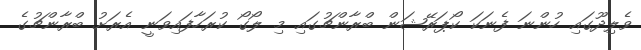
ވެލިދޫގައި ހުންނަ ފެނަކަ ކޯޕަރޭޝަން ބްރާންޗުގައި މި ލޯގޯ ކުރަހާފައިވަނީ އެރަށު ބްރާންޗުގެ